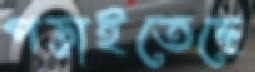
পড়াইতেছে